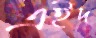
এইদ